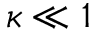
\kappa \ll 1